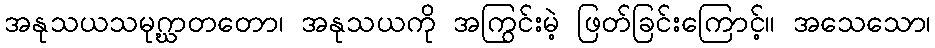
အနုသယသမုဂ္ဃာတတော၊ အနုသယကို အကြွင်းမဲ့ ဖြတ်ခြင်းကြောင့်။ အသေသော၊